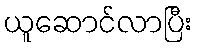
ယူဆောင်လာပြီး